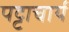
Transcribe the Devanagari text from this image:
पट्टाचार्य